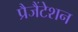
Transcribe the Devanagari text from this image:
प्रैजैंटेशन